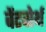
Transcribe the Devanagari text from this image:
वेंटवोर्थ